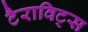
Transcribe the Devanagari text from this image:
टैराविट्स